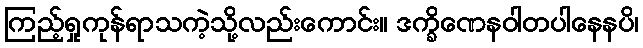
ကြည့်ရှုကုန်ရာသကဲ့သို့လည်းကောင်း။ ဒက္ခိဏေနဝါတပါနေနပိ၊